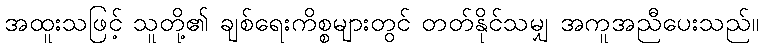
အထူးသဖြင့် သူတို့၏ ချစ်ရေးကိစ္စများတွင် တတ်နိုင်သမျှ အကူအညီပေးသည်။